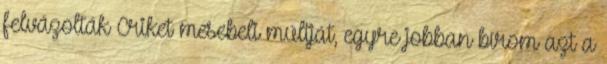
felvázolták Criket mesebeli múltját, egyre jobban bírom azt a